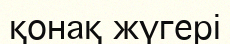
қонақ жүгері